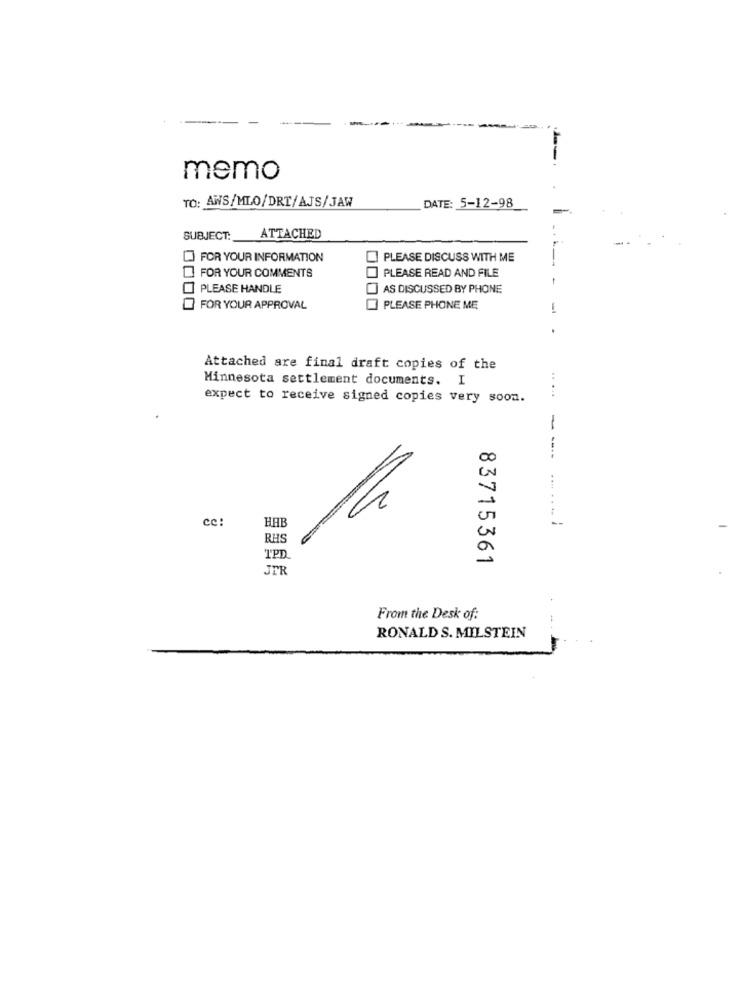
memo
TO: AWS/MLO/DRT/AJS/JAW
DATE: 5-12-98
SUBJECT:
ATTACHED
FOR YOUR INFORMATION
PLEASE DISCUSS WITH ME
FOR YOUR COMMENTS
PLEASE READ AND FILE
PLEASE HANDLE
AS DISCUSSED BY PHONE
FOR YOUR APPROVAL
PLEASE PHONE ME
-
Attached are final draft copies of the
Minnesota settlement documents. I
expect to receive signed copies very soon.
...
--
cc:
HAB
1h
--
RHS
TPD
83715361
JER
From the Desk of:
RONALD S. MILSTEIN